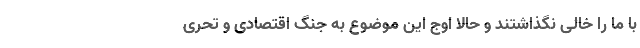
با ما را خالی نگذاشتند و حالا اوج این موضوع به جنگ اقتصادی و تحری